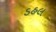
ડહલ